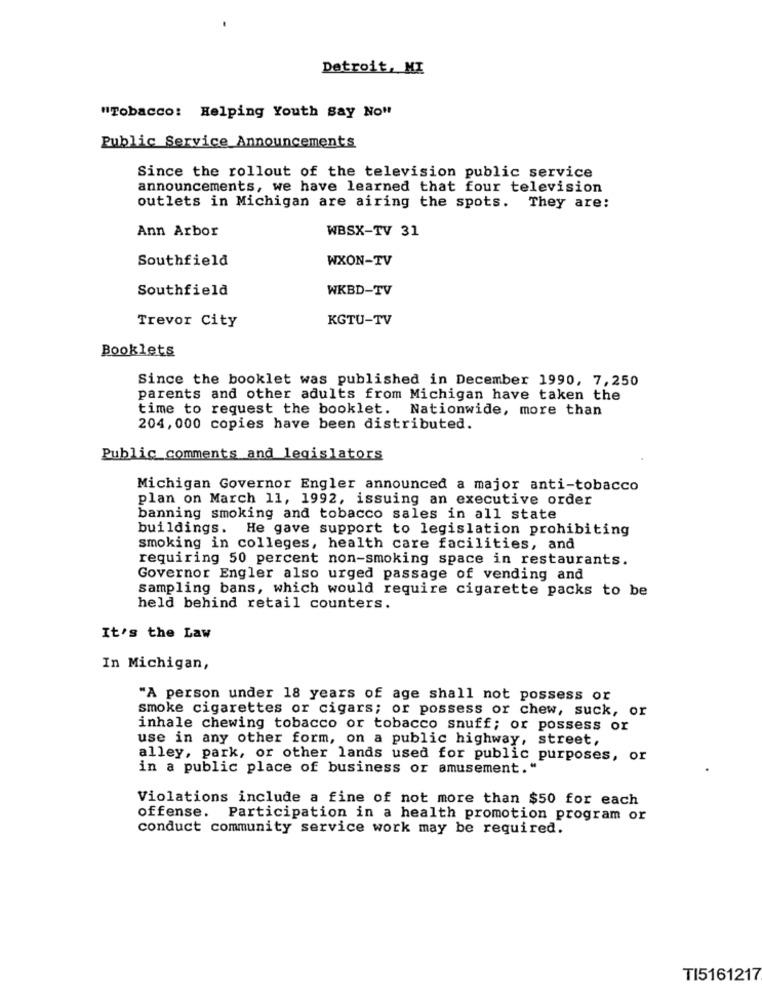
Detroit, MI
"Tobacco: Helping Youth Say No"
Public Service Announcements
Since the rollout of the television public service
announcements, we have learned that four television
outlets in Michigan are airing the spots. They are:
Ann Arbor
WBSX-TV 31
Southfield
WXON-TV
Southfield
WKBD-TV
Trevor City
KGTU-TV
Booklets
Since the booklet was published in December 1990, 7,250
parents and other adults from Michigan have taken the
time to request the booklet. Nationwide, more than
204, 000 copies have been distributed.
Public_comments and legislators
Michigan Governor Engler announced a major anti-tobacco
plan on March 11, 1992, issuing an executive order
banning smoking and tobacco sales in all state
buildings. He gave support to legislation prohibiting
smoking in colleges, health care facilities, and
requiring 50 percent non-smoking space in restaurants.
Governor Engler also urged passage of vending and
sampling bans, which would require cigarette packs to be
held behind retail counters.
It's the Law
In Michigan,
"A person under 18 years of age shall not possess or
smoke cigarettes or cigars; or possess or chew, suck, or
inhale chewing tobacco or tobacco snuff; or possess or
use in any other form, on a public highway, street,
alley, park, or other lands used for public purposes, or
in a public place of business or amusement."
Violations include a fine of not more than $50 for each
offense. Participation in a health promotion program or
conduct community service work may be required.
TI5161217